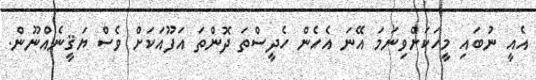
އެއީ ނުބައި މީހަކަށްވިނަމަ އޭނަ އެހެން ހެދީސްތަ ދޮންތަ އަފޫއަކަށް ވެސް ޔަޤީނެއްނޫން.